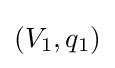
(V_{1},q_{1})